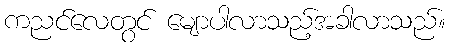
ကညင်လေတွင် မျောပါလာသည့်အခါလာသည်။